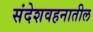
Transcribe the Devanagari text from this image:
संदेशवहनातील